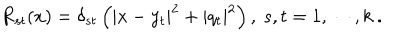
R _ { s t } ( x ) = \delta _ { s t } \left( | x - y _ { t } | ^ { 2 } + | q _ { t } | ^ { 2 } \right) , ~ s , t = 1 , \cdots , k ~ .